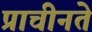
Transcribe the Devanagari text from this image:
प्राचीनते